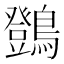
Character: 䳾